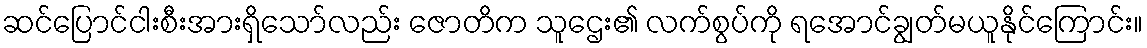
ဆင်ပြောင်ငါးစီးအားရှိသော်လည်း ဇောတိက သူဌေး၏ လက်စွပ်ကို ရအောင်ချွတ်မယူနိုင်ကြောင်း။